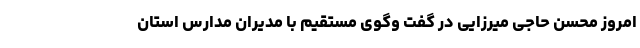
امروز محسن حاجی میرزایی در گفت وگوی مستقیم با مدیران مدارس استان